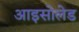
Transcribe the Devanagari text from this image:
आइसोलेड